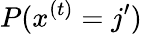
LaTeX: P(x^{(t)}=j^{\prime})